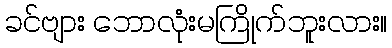
ခင်ဗျား ဘောလုံးမကြိုက်ဘူးလား။